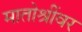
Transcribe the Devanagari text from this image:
मातोश्रींवर